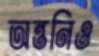
অন্তনিও